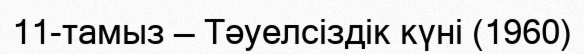
11-тамыз — Тәуелсіздік күні (1960)